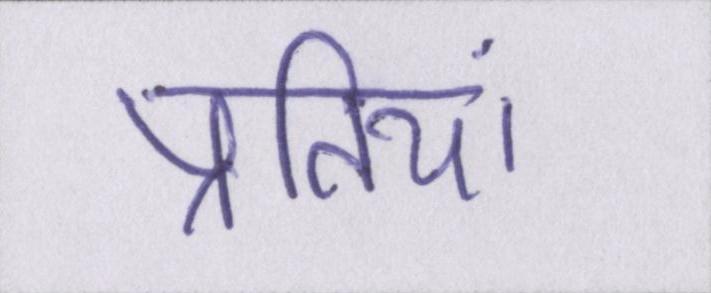
प्रतियां